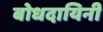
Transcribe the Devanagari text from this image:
बोधदायिनी